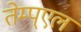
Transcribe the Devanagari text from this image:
तेम्प्एल